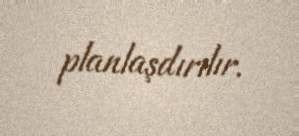
planlaşdırılır.